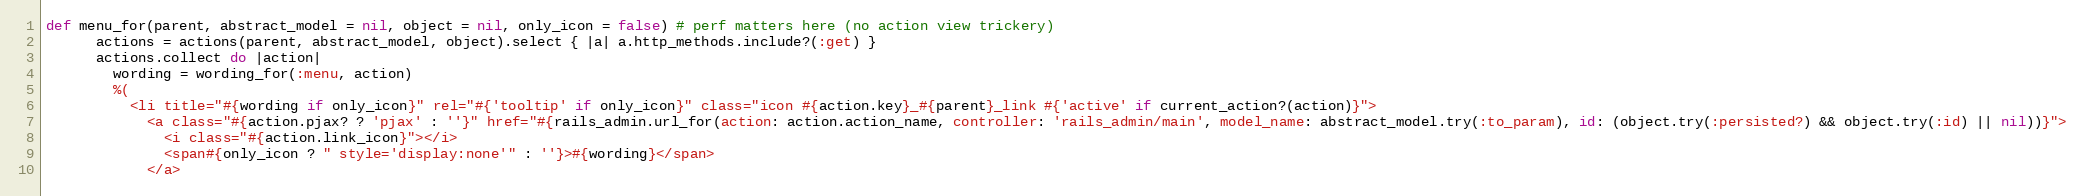
Language: Ruby
def menu_for(parent, abstract_model = nil, object = nil, only_icon = false) # perf matters here (no action view trickery)
      actions = actions(parent, abstract_model, object).select { |a| a.http_methods.include?(:get) }
      actions.collect do |action|
        wording = wording_for(:menu, action)
        %(
          <li title="#{wording if only_icon}" rel="#{'tooltip' if only_icon}" class="icon #{action.key}_#{parent}_link #{'active' if current_action?(action)}">
            <a class="#{action.pjax? ? 'pjax' : ''}" href="#{rails_admin.url_for(action: action.action_name, controller: 'rails_admin/main', model_name: abstract_model.try(:to_param), id: (object.try(:persisted?) && object.try(:id) || nil))}">
              <i class="#{action.link_icon}"></i>
              <span#{only_icon ? " style='display:none'" : ''}>#{wording}</span>
            </a>